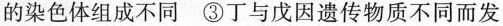
的染色体组成不同③丁与戊因遗传物质不同而发